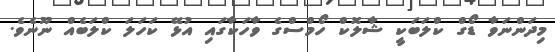
މިދަންނަވާ ޑޯގް ކްލަބަކީ ޝާލޮކް ހޯމްސްގެ ވާހަކާގައި އުޅޭ ކަހަލަ ކްލަބެއް ނޫނެވެ.